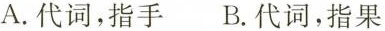
A.代词，指手 B.代词，指果